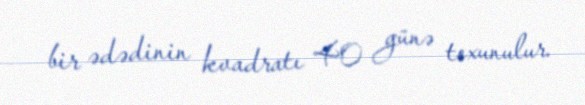
bir ədədinin kvadratı 40 günə toxunulur.